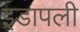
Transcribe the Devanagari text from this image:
इडापली